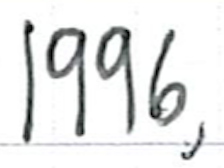
Text: 1996,
Cross-out: clean
Writing tool: ballpoint